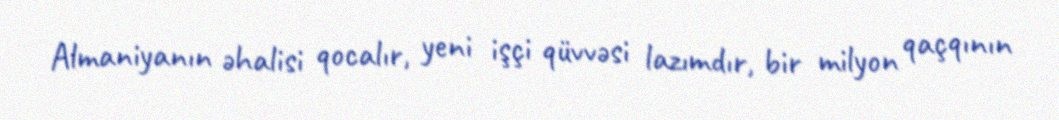
Almaniyanın əhalisi qocalır, yeni işçi qüvvəsi lazımdır, bir milyon qaçqının